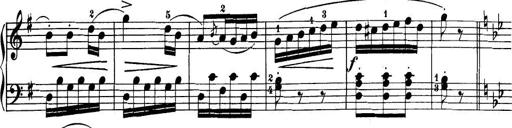
Title: 32 Sonatinas and Rondos for the Piano
Composer: Richard Kleinmichel